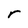
Character: r